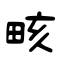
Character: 畡